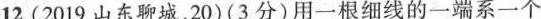
12.(2019山东聊城，20)(3分)用一根细线的一端系一个